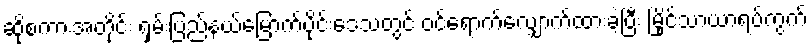
ဆိုစကားအတိုင်း ရှမ်းပြည်နယ်မြောက်ပိုင်းဒေသတွင် ဝင်ရောက်လျှောက်ထားခဲ့ပြီး မြိုင်သာယာရပ်ကွက်